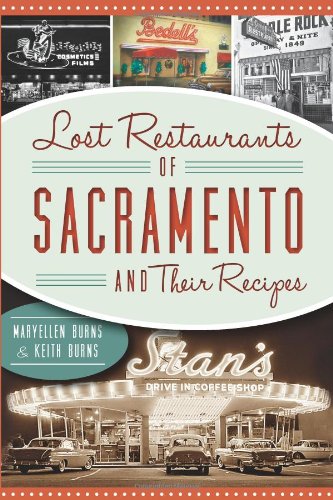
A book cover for LOST RESTAURANTS OF SACRAMENTO AND THEIR RECIPES (American Palate); Maryellen Burns; Cookbooks, Food & Wine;